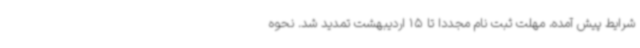
شرایط پیش آمده، مهلت ثبت نام مجددا تا 15 اردیبهشت تمدید شد. نحوه